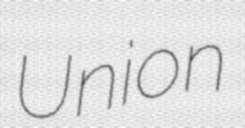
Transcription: Union